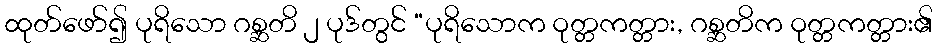
ထုတ်ဖော်၍ ပုရိသော ဂစ္ဆတိ ၂ ပုဒ်တွင် “ပုရိသောက ဝုတ္တကတ္တား, ဂစ္ဆတိက ဝုတ္တကတ္တား၏